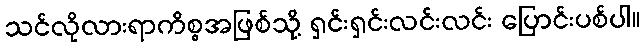
သင်လိုလားရာကိစ္စအဖြစ်သို့ ရှင်းရှင်းလင်းလင်း ပြောင်းပစ်ပါ။